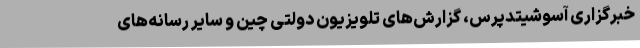
خبرگزاری آسوشیتدپرس، گزارش‌های تلویزیون دولتی چین و سایر رسانه‌های